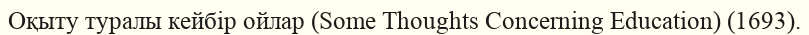
Оқыту туралы кейбір ойлар (Some Thoughts Concerning Education) (1693).